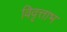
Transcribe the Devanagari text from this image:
विवृत्ताभ